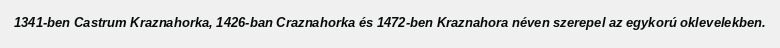
1341-ben Castrum Kraznahorka, 1426-ban Craznahorka és 1472-ben Kraznahora néven szerepel az egykorú oklevelekben.